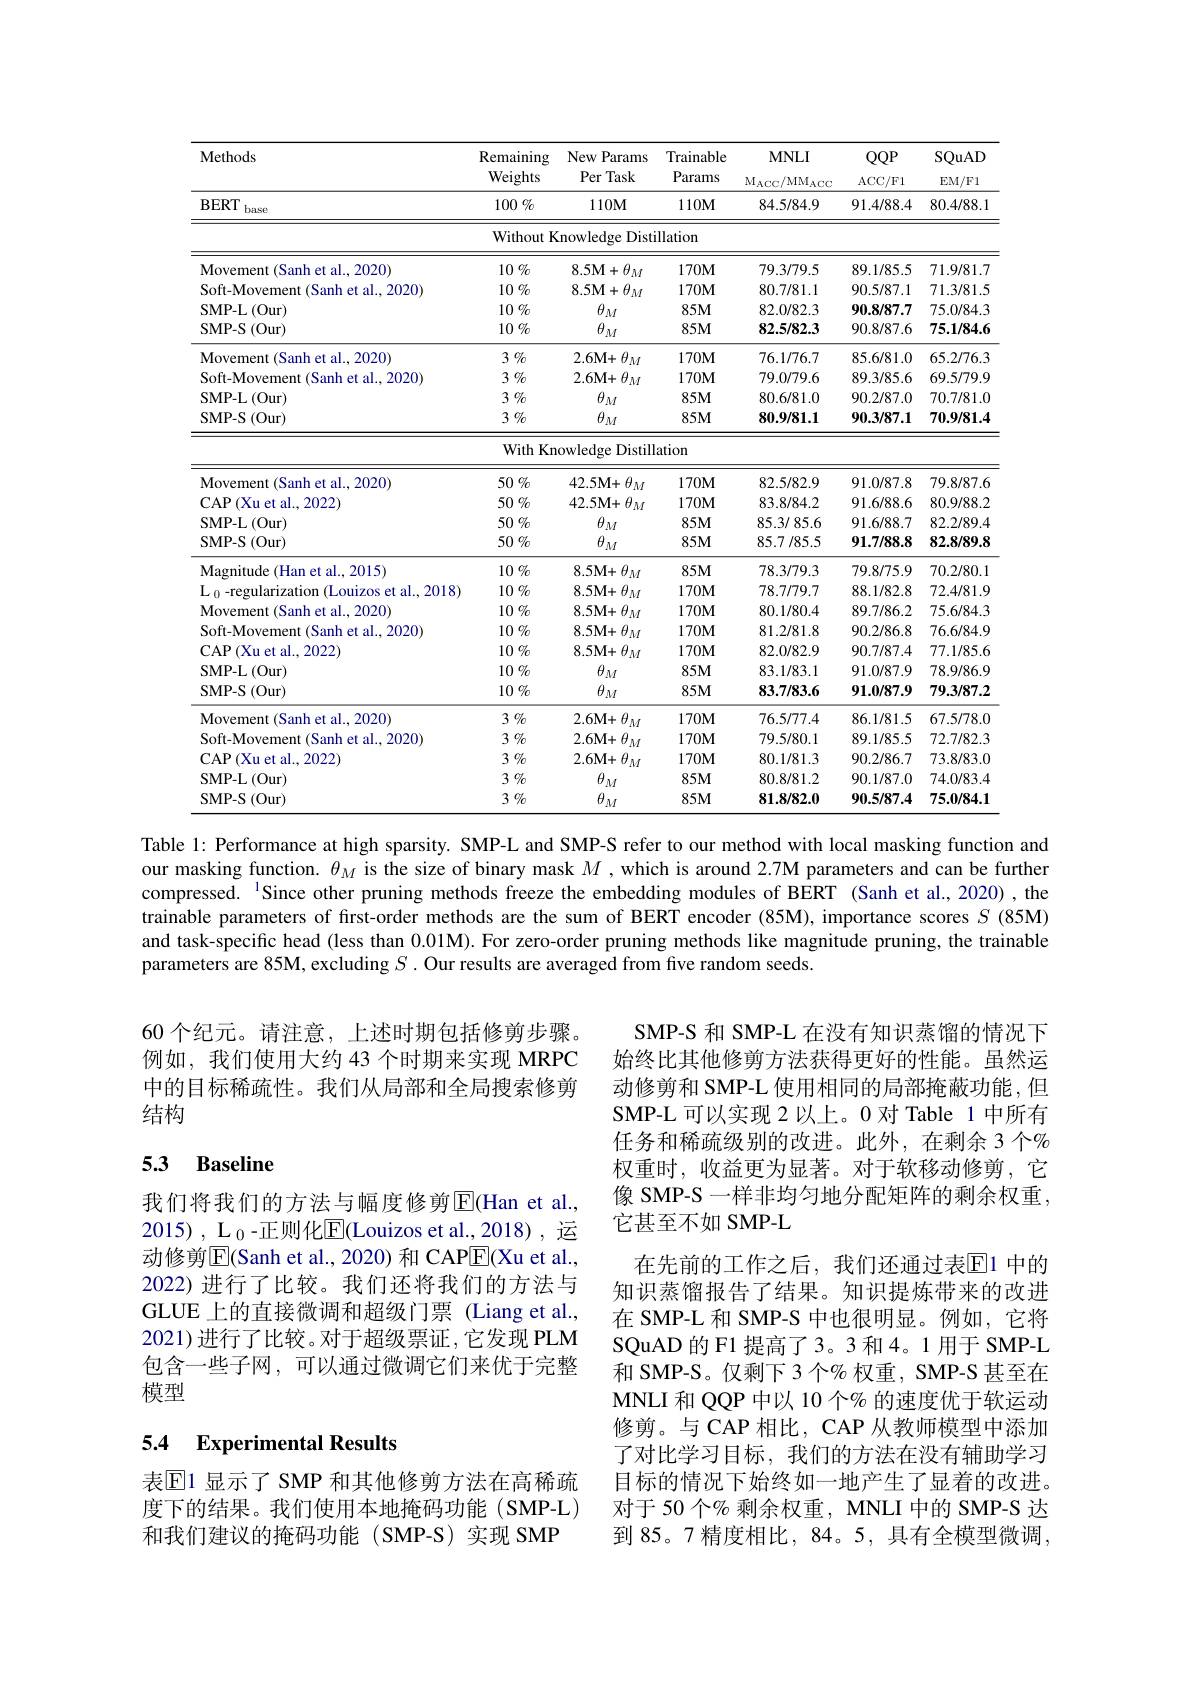
<table>
	<tbody>
		<tr>
			<th>Methods</th>
			<th>Remaining Weights</th>
			<th>New Params 1 Per Task</th>
			<th>Trainable Params</th>
			<th>$MNLI$ $M_{ACC}$/ M$M_{ACC}$</th>
			<th>$QQP$ ACC/ F1</th>
			<th>SQuAD $\operatorname{EM/F1}$</th>
		</tr>
		<tr>
			<td>BERT base</td>
			<td>$100\%$</td>
			<td>$110M$</td>
			<td>$110M$</td>
			<td>84.5/84.9</td>
			<td>91.4/88.4</td>
			<td>80.4/88.1</td>
		</tr>
		<tr>
			<td> </td>
			<td>Without $:\mathbf{K}$</td>
			<td>${\mathrm{nowledge~Disti}}$</td>
			<td>llation</td>
			<td> </td>
			<td> </td>
			<td> </td>
		</tr>
		<tr>
			<td>Movement ( Sanh et al. , 2020) </td>
			<td>$10\%$</td>
			<td>8.5M$+\theta_{M}$</td>
			<td>$170M$</td>
			<td>79.3/79.5</td>
			<td>89.1/85.5</td>
			<td>71.9/81.7</td>
		</tr>
		<tr>
			<td>Soft-Movement (Sanh et al., 2020)</td>
			<td>$10\%$</td>
			<td>8.5M$+\theta_M$</td>
			<td>$170M$</td>
			<td>80.7/81.1</td>
			<td>90.5/87.1</td>
			<td>71.3/81.5</td>
		</tr>
		<tr>
			<td>SMP- L$\left ( \mathrm{Our}\right )$</td>
			<td>$10\%$</td>
			<td>$\theta_{M}$</td>
			<td>$85M$</td>
			<td>82.0/82.3</td>
			<td>90.8/87.7</td>
			<td>75.0/84.3</td>
		</tr>
		<tr>
			<td>SMP- S ( Our) </td>
			<td>$10\%$</td>
			<td>$\theta_M$</td>
			<td>$85M$</td>
			<td>82.5/82.3</td>
			<td>90.8/87.6</td>
			<td>75.1/84.6</td>
		</tr>
		<tr>
			<td>Movement ( Sanh et al. , 2020) </td>
			<td>3 $\%$</td>
			<td>$2.6\mathbf{M}+$ $\theta_{M}$</td>
			<td>$170M$</td>
			<td>76.1/76.7</td>
			<td>85.6/81.0</td>
			<td>65.2/76.3</td>
		</tr>
		<tr>
			<td>Soft-Movement (Sanh et al., 2020)</td>
			<td>3 $\%$</td>
			<td>$\cdot\theta_{M}$ $2.6\mathbf{M}+$</td>
			<td>$170M$</td>
			<td>79.0/79.6</td>
			<td>89.3/85.6</td>
			<td>69.5/79.9</td>
		</tr>
		<tr>
			<td>SMP- L$\left ( \mathrm{Our}\right )$</td>
			<td>3 $\%$</td>
			<td>$\theta_{M}$</td>
			<td>$85M$</td>
			<td>80.6/81.0</td>
			<td>90.2/87.0</td>
			<td>70.7/81.0</td>
		</tr>
		<tr>
			<td>SMP- S ( Our) </td>
			<td>3 $\%$</td>
			<td>$\theta_{M}$</td>
			<td>$85M$</td>
			<td>80.9/81.1</td>
			<td>90.3/87.1</td>
			<td>70.9/81.4</td>
		</tr>
		<tr>
			<td> </td>
			<td>WithKn</td>
			<td>owledge Distill</td>
			<td>ation</td>
			<td> </td>
			<td> </td>
			<td> </td>
		</tr>
		<tr>
			<td>Movement ( Sanh et al. , 2020) </td>
			<td>$50\%$</td>
			<td>$\theta_{M}$ 42.5M+ </td>
			<td>$170M$</td>
			<td>82.5/82.9</td>
			<td>91.0/87.8</td>
			<td>79.8/87.6</td>
		</tr>
		<tr>
			<td>CAP$\left ( \text{Xu et al. , 2022) }\right )$</td>
			<td>$50\%$</td>
			<td>$42.5M+$ $\theta_{M}$</td>
			<td>$170M$</td>
			<td>83.8/84.2</td>
			<td>91.6/88.6</td>
			<td>80.9/88.2</td>
		</tr>
		<tr>
			<td>SMP- L$\left ( \mathrm{Our}\right )$</td>
			<td>$50\%$</td>
			<td>$\theta_{M}$</td>
			<td>$85M$</td>
			<td>85.3/85.6</td>
			<td>91.6/88.7</td>
			<td>82.2/89.4</td>
		</tr>
		<tr>
			<td>SMP- S ( Our) </td>
			<td>$50\%$</td>
			<td>$\theta_M$</td>
			<td>$85M$</td>
			<td>85.7/85.5</td>
			<td>91.7/88.8</td>
			<td>82.8/89.8</td>
		</tr>
		<tr>
			<td>Magnitude ( Han et al. , 2015) </td>
			<td>$10\%$</td>
			<td>$\cdot\theta_{M}$ $8.5\mathbf{M}+$</td>
			<td>$85M$</td>
			<td>78.3/79.3</td>
			<td>79.8/75.9</td>
			<td>70.2/80.1</td>
		</tr>
		<tr>
			<td>$\mathrm{L}_{0}$-regularization (Louizos et al.,2018)</td>
			<td>$10\%$</td>
			<td>$8.5\mathbf{M}+$ $\vdash\theta_{M}$</td>
			<td>$170M$</td>
			<td>78.7/79.7</td>
			<td>88.1/82.8</td>
			<td>72.4/81.9</td>
		</tr>
		<tr>
			<td>Movement ( Sanh et al. , 2020) </td>
			<td>$10\%$</td>
			<td>$8.5\mathbf{M}+$ $\vdash\theta_{M}$</td>
			<td>$170M$</td>
			<td>80.1/80.4</td>
			<td>89.7/86.2</td>
			<td>75.6/84.3</td>
		</tr>
		<tr>
			<td>Soft-Movement (Sanh et al., 2020)</td>
			<td>$10\%$</td>
			<td>8.5M+ $\theta _{M}$</td>
			<td>$170M$</td>
			<td>81.2/81.8</td>
			<td>90.2/86.8</td>
			<td>76.6/84.9</td>
		</tr>
		<tr>
			<td>CAP$\left ( \text{Xu et al. , 2022}\right ]$</td>
			<td>$10\%$</td>
			<td>$8.5\mathbf{M}+$ $-\theta_{M}$</td>
			<td>$170M$</td>
			<td>82.0/82.9</td>
			<td>90.7/87.4</td>
			<td>77.1/85.6</td>
		</tr>
		<tr>
			<td>SMP- L$\left ( \mathrm{Our}\right )$</td>
			<td>$10\%$</td>
			<td>$\theta_{M}$</td>
			<td>$85M$</td>
			<td>83.1/83.1</td>
			<td>91.0/87.9</td>
			<td>78.9/86.9</td>
		</tr>
		<tr>
			<td>SMP- S ( Our) </td>
			<td>$10\%$</td>
			<td>$\theta_M$</td>
			<td>$85M$</td>
			<td>83.7/83.6</td>
			<td>91.0/87.9</td>
			<td>79.3/87.2</td>
		</tr>
		<tr>
			<td>Movement ( Sanh et al. , 2020) </td>
			<td>3 $\%$</td>
			<td>$2.6\mathbf{M}+$ $\theta_{M}$</td>
			<td>$170M$</td>
			<td>76.5/77.4</td>
			<td>86.1/81.5</td>
			<td>67.5/78.0</td>
		</tr>
		<tr>
			<td>Soft-Movement (Sanh et al., 2020)</td>
			<td>3 $\%$</td>
			<td>$\cdot\theta_{M}$ $2.6\mathbf{M}+$</td>
			<td>$170M$</td>
			<td>79.5/80.1</td>
			<td>89.1/85.5</td>
			<td>72.7/82.3</td>
		</tr>
		<tr>
			<td>CAP$\left ( \text{Xu et al. , 2022}\right )$</td>
			<td>3 $\%$</td>
			<td>$\cdot\theta_{M}$ $2.6\mathbf{M}+$</td>
			<td>$170M$</td>
			<td>80.1/81.3</td>
			<td>90.2/86.7</td>
			<td>73.8/83.0</td>
		</tr>
		<tr>
			<td>SMP- L$\left ( \mathrm{Our}\right )$</td>
			<td>3 $\%$</td>
			<td>$\theta_{M}$</td>
			<td>$85M$</td>
			<td>80.8/81.2</td>
			<td>90.1/87.0</td>
			<td>74.0/83.4</td>
		</tr>
		<tr>
			<td>SMP- S(Our)</td>
			<td>3 $\%$</td>
			<td>$\theta$ $M$</td>
			<td>$85M$</td>
			<td>81.8/82.0</td>
			<td>90.5/87.4</td>
			<td>75.0/84.1</td>
		</tr>
	</tbody>
</table>
Table 1: Performance at high sparsity. SMP-L and SMP-S refer to our method with local masking function and

our masking function. $\theta_M$ is the size of binary mask $M$, which is around 2.7M parameters and can be further compressed. $^{1}$Since other pruning methods freeze the embedding modules of BERT (Sanh et al., 2020),the trainable parameters of frst-order methods are the sum of BERT encoder (85M), importance scores $S$ (85M) and task-specific head (less than 0.01M). For zero-order pruning methods like magnitude pruning, the trainable parameters are 85M, excluding $S.$ Our results are averaged from five random seeds.

60 个纪元。请注意，上述时期包括修剪步骤。例如，我们使用大约 43 个时期来实现 MRPC 中的目标稀疏性。我们从局部和全局搜索修剪结构

### 5.3 Baseline

SMP-S 和 SMP-L 在没有知识蒸馏的情况下始终比其他修剪方法获得更好的性能。虽然运动修剪和 SMP-L 使用相同的局部掩蔽功能，但SMP-L 可以实现 2 以上。0 对 Table 1 中所有任务和稀疏级别的改进。此外，在剩余 3 个% 权重时，收益更为显著。对于软移动修剪，它像 SMP-S 一样非均匀地分配矩阵的剩余权重， 它甚至不如 SMP-L
在先前的工作之后，我们还通过表$\overline{\mathrm{E}}$1 中的知识蒸馏报告了结果。知识提炼带来的改进在 SMP-L 和 SMP-S 中也很明显。例如，它将SQuAD 的 F1 提高了3。3 和 4。1 用于 SMP-L 和 SMP-S。仅剩下 3 个% 权重，SMP-S 甚至在MNLI 和 QQP 中以 10 个% 的速度优于软运动修剪。与 CAP 相比，CAP 从教师模型中添加了对比学习目标，我们的方法在没有辅助学习目标的情况下始终如一地产生了显着的改进。对于 50 个% 剩余权重，MNLI 中的 SMP-S 达到 85。7 精度相比，84。5, 具有全模型微调，

我们将我们的方法与幅度修剪$\overline{\mathbb{E}}($Han et al., 2015) , $\underline {\mathrm{L} }_0$-正则化$\underline{\mathrm{E}}($Louizos et al.,2018),\:运动修剪$\overline{\mathrm{E}}($Sanh et al., 2020) 和 CAP$\underline{\mathrm{F}}($Xu et al., 2022)进行了比较。我们还将我们的方法与GLUE 上的直接微调和超级门票 (Liang et al., 2021)进行了比较。对于超级票证，它发现 PLM 包含一些子网，可以通过微调它们来优于完整模型

### 5.4 Experimental Results

表$\mathbb{E}$1 显示了 SMP 和其他修剪方法在高稀疏度下的结果。我们使用本地掩码功能(SMP-L) 和我们建议的掩码功能(SMP-S)实现 SMP